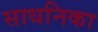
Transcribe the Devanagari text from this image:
साधनिका